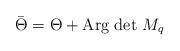
LaTeX: \begin{align*}\bar \Theta = \Theta + \textup{Arg} \ \textup{det} \ M_q\end{align*}